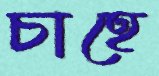
চাহে